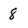
Character: 8